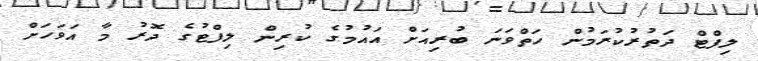
ލިފްޓް ދަތުރުކުރަމުން ހަތްވަނަ ބުރިއަށް އައުމުގެ ކުރިން ލިފްޓުގެ ދޮރު މާ އަވަހަށް